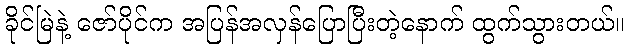
ခိုင်မြဲနဲ့ ဇော်ပိုင်က အပြန်အလှန်ပြောပြီးတဲ့နောက် ထွက်သွားတယ်။